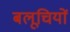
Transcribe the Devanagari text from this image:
बलूचियों